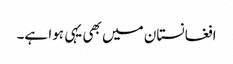
افغانستان میں بھی یہی ہوا ہے۔